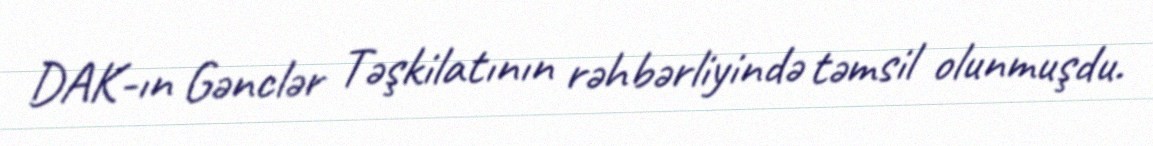
DAK-ın Gənclər Təşkilatının rəhbərliyində təmsil olunmuşdu.